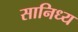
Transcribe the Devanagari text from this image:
सानिध्‍य